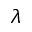
^ { \lambda }